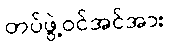
တပ်ဖွဲ့ဝင်အင်အား